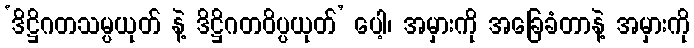
‘ဒိဋ္ဌိဂတသမ္ပယုတ် နဲ့ ဒိဋ္ဌိဂတဝိပ္ပယုတ်’ ပေါ့၊ အမှားကို အခြေခံတာနဲ့ အမှားကို